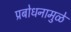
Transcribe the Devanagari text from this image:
प्रबोधनामुळे